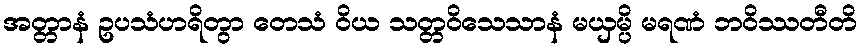
အတ္တာနံ ဥပသံဟရိတွာ တေသံ ဝိယ သတ္တဝိသေသာနံ မယှမ္ပိ မရဏံ ဘဝိဿတီတိ